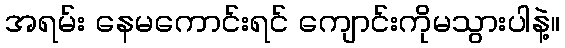
အရမ်း နေမကောင်းရင် ကျောင်းကိုမသွားပါနဲ့။